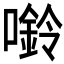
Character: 𫫿